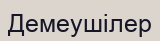
Демеушілер